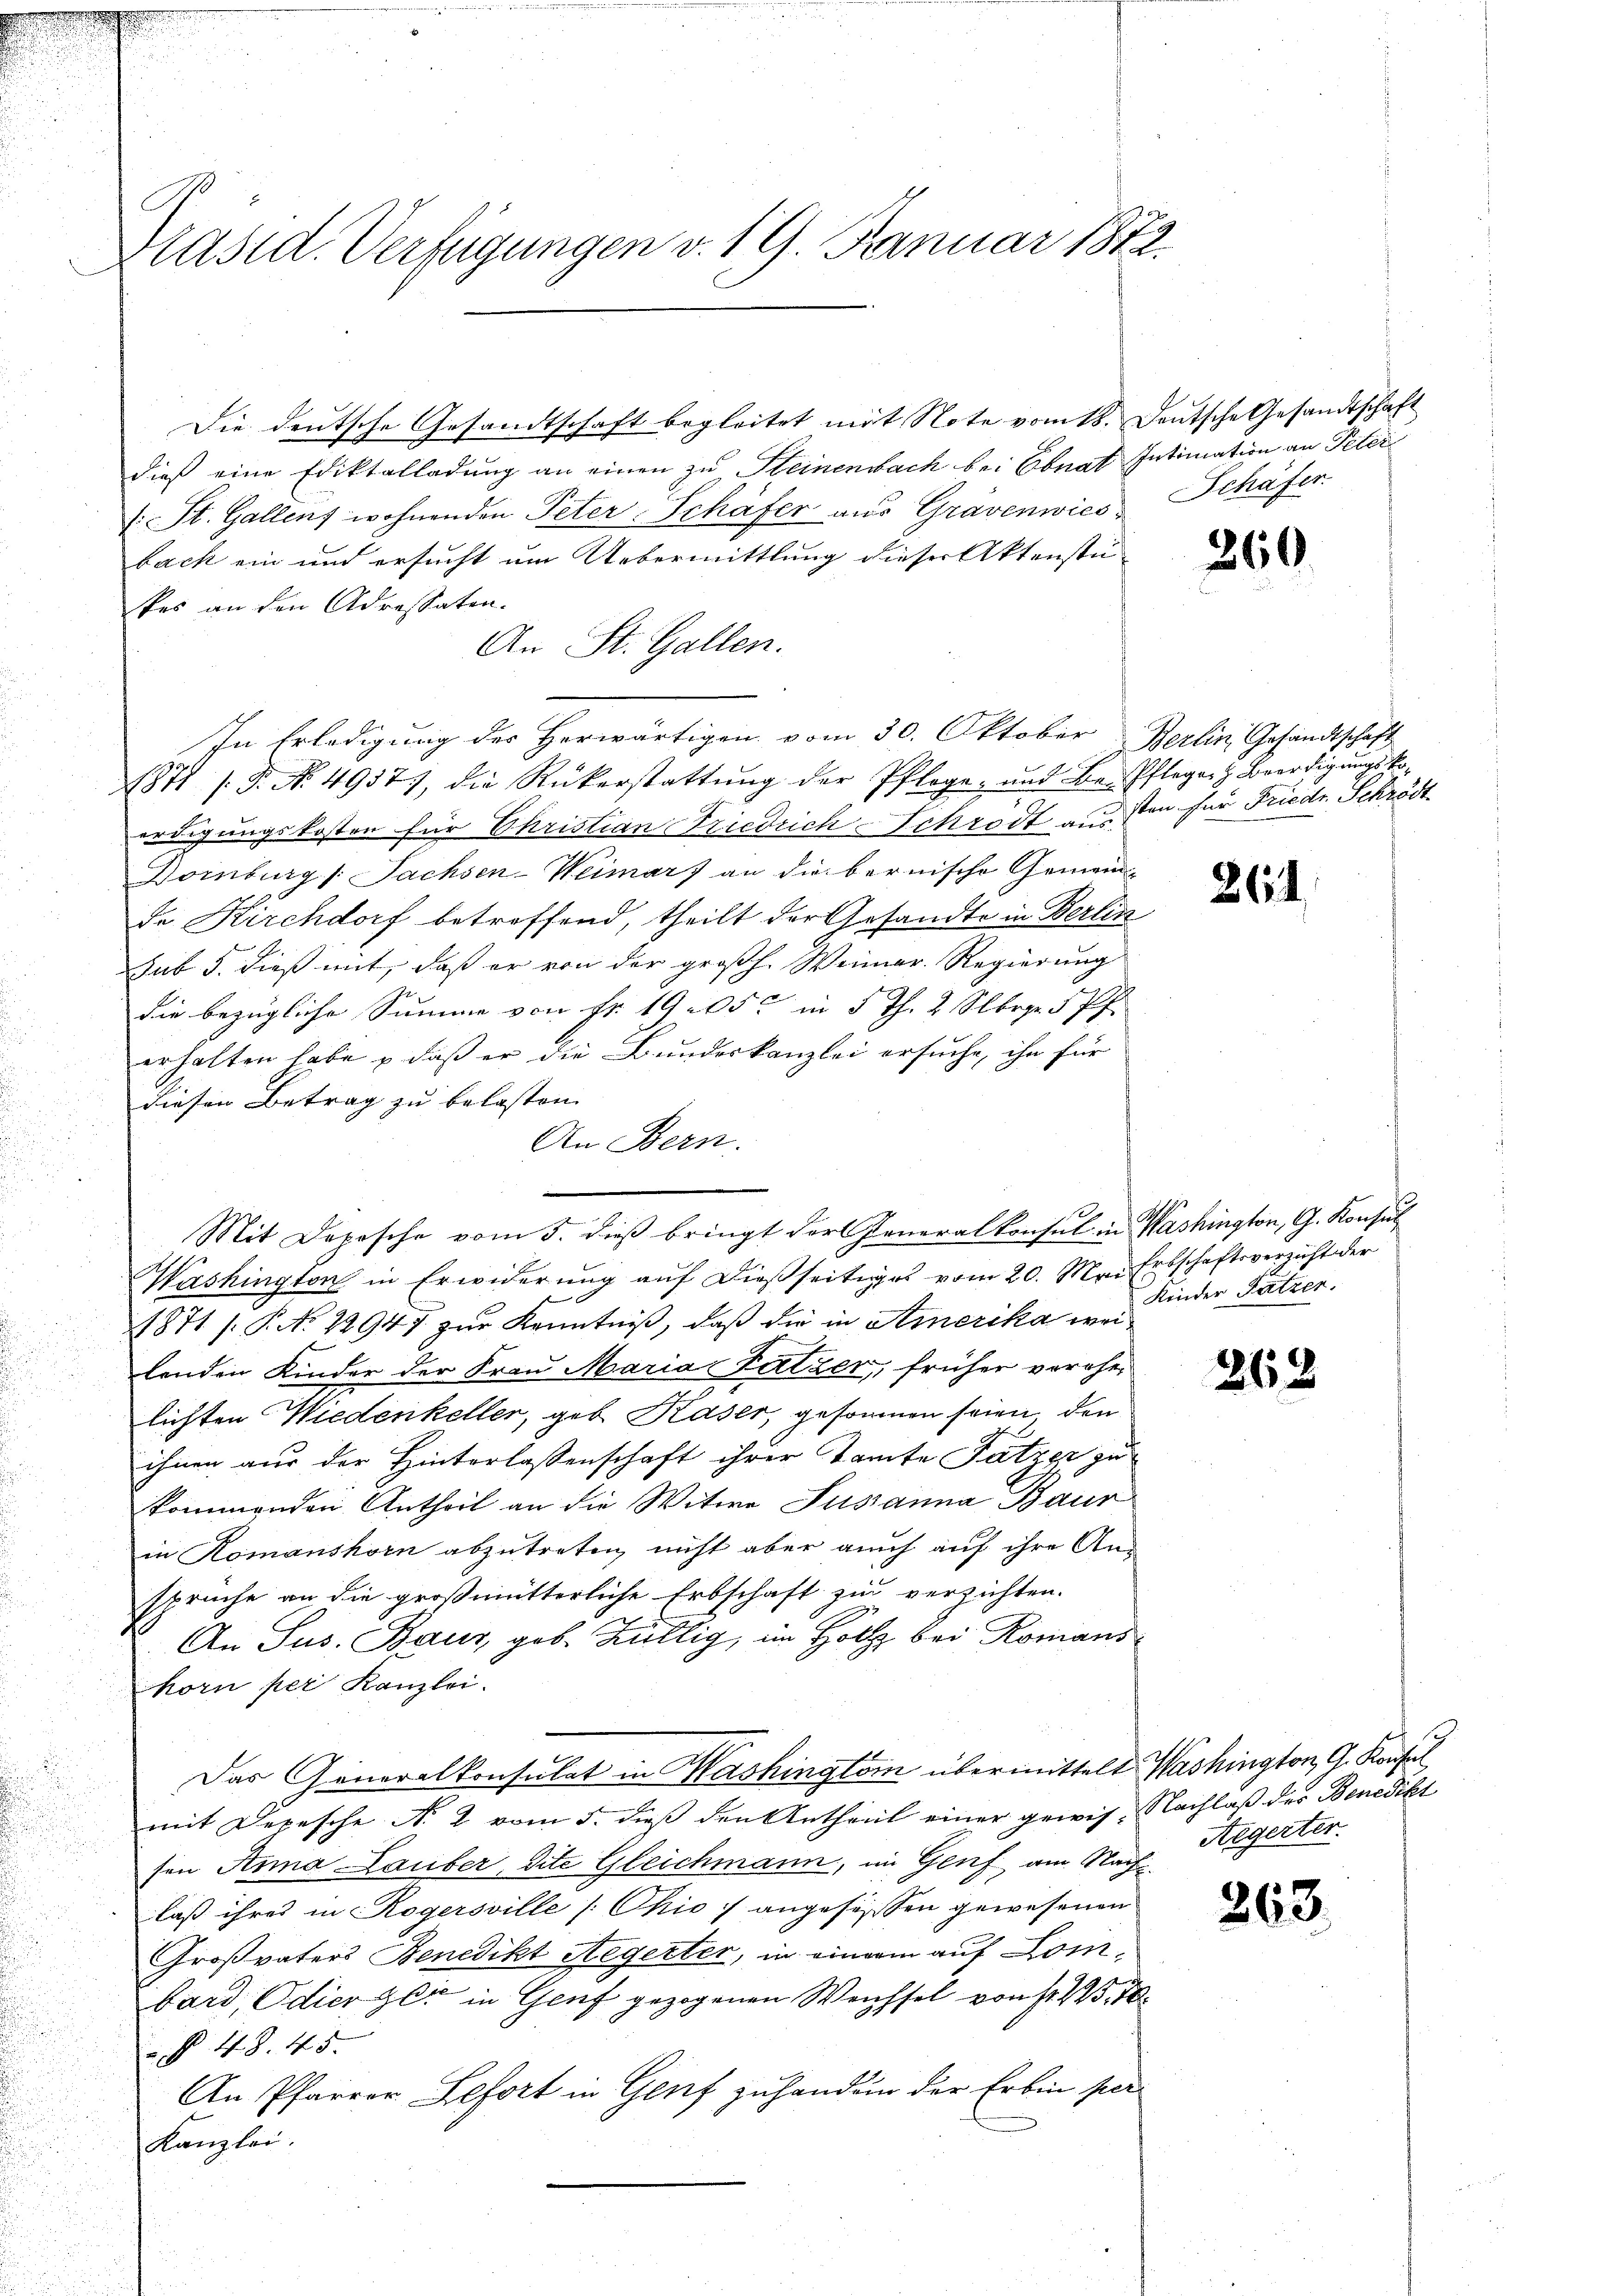
Präsid. Verfügungen v. 19. Januar 1872.

Die deutsche Gesandtschaft begleitet mit Note vom 18. Deutsche Gesandtschaft
dieß eine Ediktalladung an einen zu Steinenwach bei Oberat Intimation an Peter
(St. Gallens wohnenden Peter-Schafer aus Grävenwies
bach ein und ersucht um Uebermittlung dieser Aktenstei
kes an den Adressaten.
An St. Gallen.
In Erledigung des Herwärtigen vom 30. Oktober Berlin, Gesandtschaft
1871 (T. No. 4937), die Rükerstattung der Pfloge- und Be-Pfleger Beerdigungskoerdigungskosten für Christian Friedrich Schrodt aussten für Friedr. Schrödt
Domburg /: Sachsen-Weimar) an die bernische Gemein-
de Kirchdorf betroffend, theilt der Gesandte in Berlin
sub 5. dieß mit, daß er von der großh. Weiner Regierung
die bezügliche Summe von Fr. 1905 in 5 Th. 2. Sebrgr 5 Pf.
erhalten habe – daß er die Bundeskanzlei ersuche, ihn für
diesen Betrag zu belasten. |
An Bern.
Mit Depesche vom 5. dieß bringt der Generalkonsul in Washington, G. Konsul
Washington in Erwiderung auf dießseitiges vom 20. Mai Erbschaftsverzicht der
1871 /: P. No 22947 zur Kenntniß, daß die in Amerika wei
lenden Kinder der Frau Maria Katzer, früher verehelichten Wiedenkeller, geb. Kaser, gesonnen seien, den
h
ihnen aus der Hinterlassenschaft ihrer Tante Satzer zu
kommenden Antheil an die Witwe Susanna Baur
in Komanshorn abzutreten, nicht aber auch auf ihre An-
sprüche an die großmütterliche Erbschaft zu verzichten.
An Sus. Baur, geb. Hüllig, im Holz bei Romans
horn per Kanzlei.
Das Generalkonsulat in Washington übermittelt Washington G. Konsul
mit Depesche No 2 vom 5. dieß den Antheil einer gewis-Nachlaß des Benedikt
sen Anna Lauber, dite Gleichmann, im Genf, am Nachlaß ihres in Rogersville (Chio angesessen gewesenen
Großvaters Benedikt Aegerter, in einem auf Lombard Odierzer in Genf gezogenen Weichsel von Fr. 175, 70
§ 48. 45.
An Pfarrer Lefort in Genf zuhanden der Erben per
Kanzlei.

Schäfer.

260

264

Kinder Sätzer.

268

263.

Aegerter.